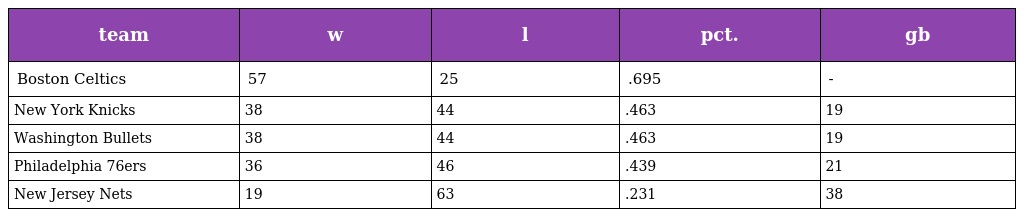
| team | w | l | pct. | gb |
 | --- | --- | --- | --- | --- |
 | Boston Celtics | 57 | 25 | .695 | - |
 | New York Knicks | 38 | 44 | .463 | 19 |
 | Washington Bullets | 38 | 44 | .463 | 19 |
 | Philadelphia 76ers | 36 | 46 | .439 | 21 |
 | New Jersey Nets | 19 | 63 | .231 | 38 |